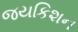
જયકિશન